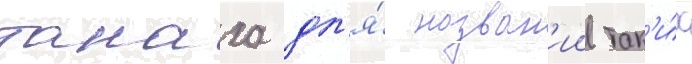
танаха дл'я́ назван'ии так'и́х